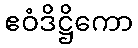
ဧဝံဒိဋ္ဌိကော